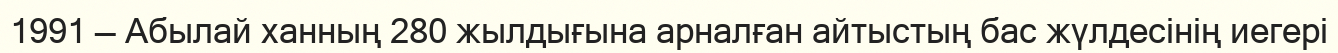
1991 — Абылай ханның 280 жылдығына арналған айтыстың бас жүлдесінің иегері